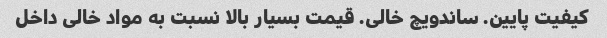
کیفیت پایین. ساندویچ خالی. قیمت بسیار بالا نسبت به مواد خالی داخل